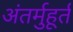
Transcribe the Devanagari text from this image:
अंतर्मुहूर्त